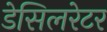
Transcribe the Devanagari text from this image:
डेसिलरेटर